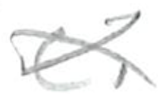
Text: c.
Cross-out: cross
Writing tool: pencil